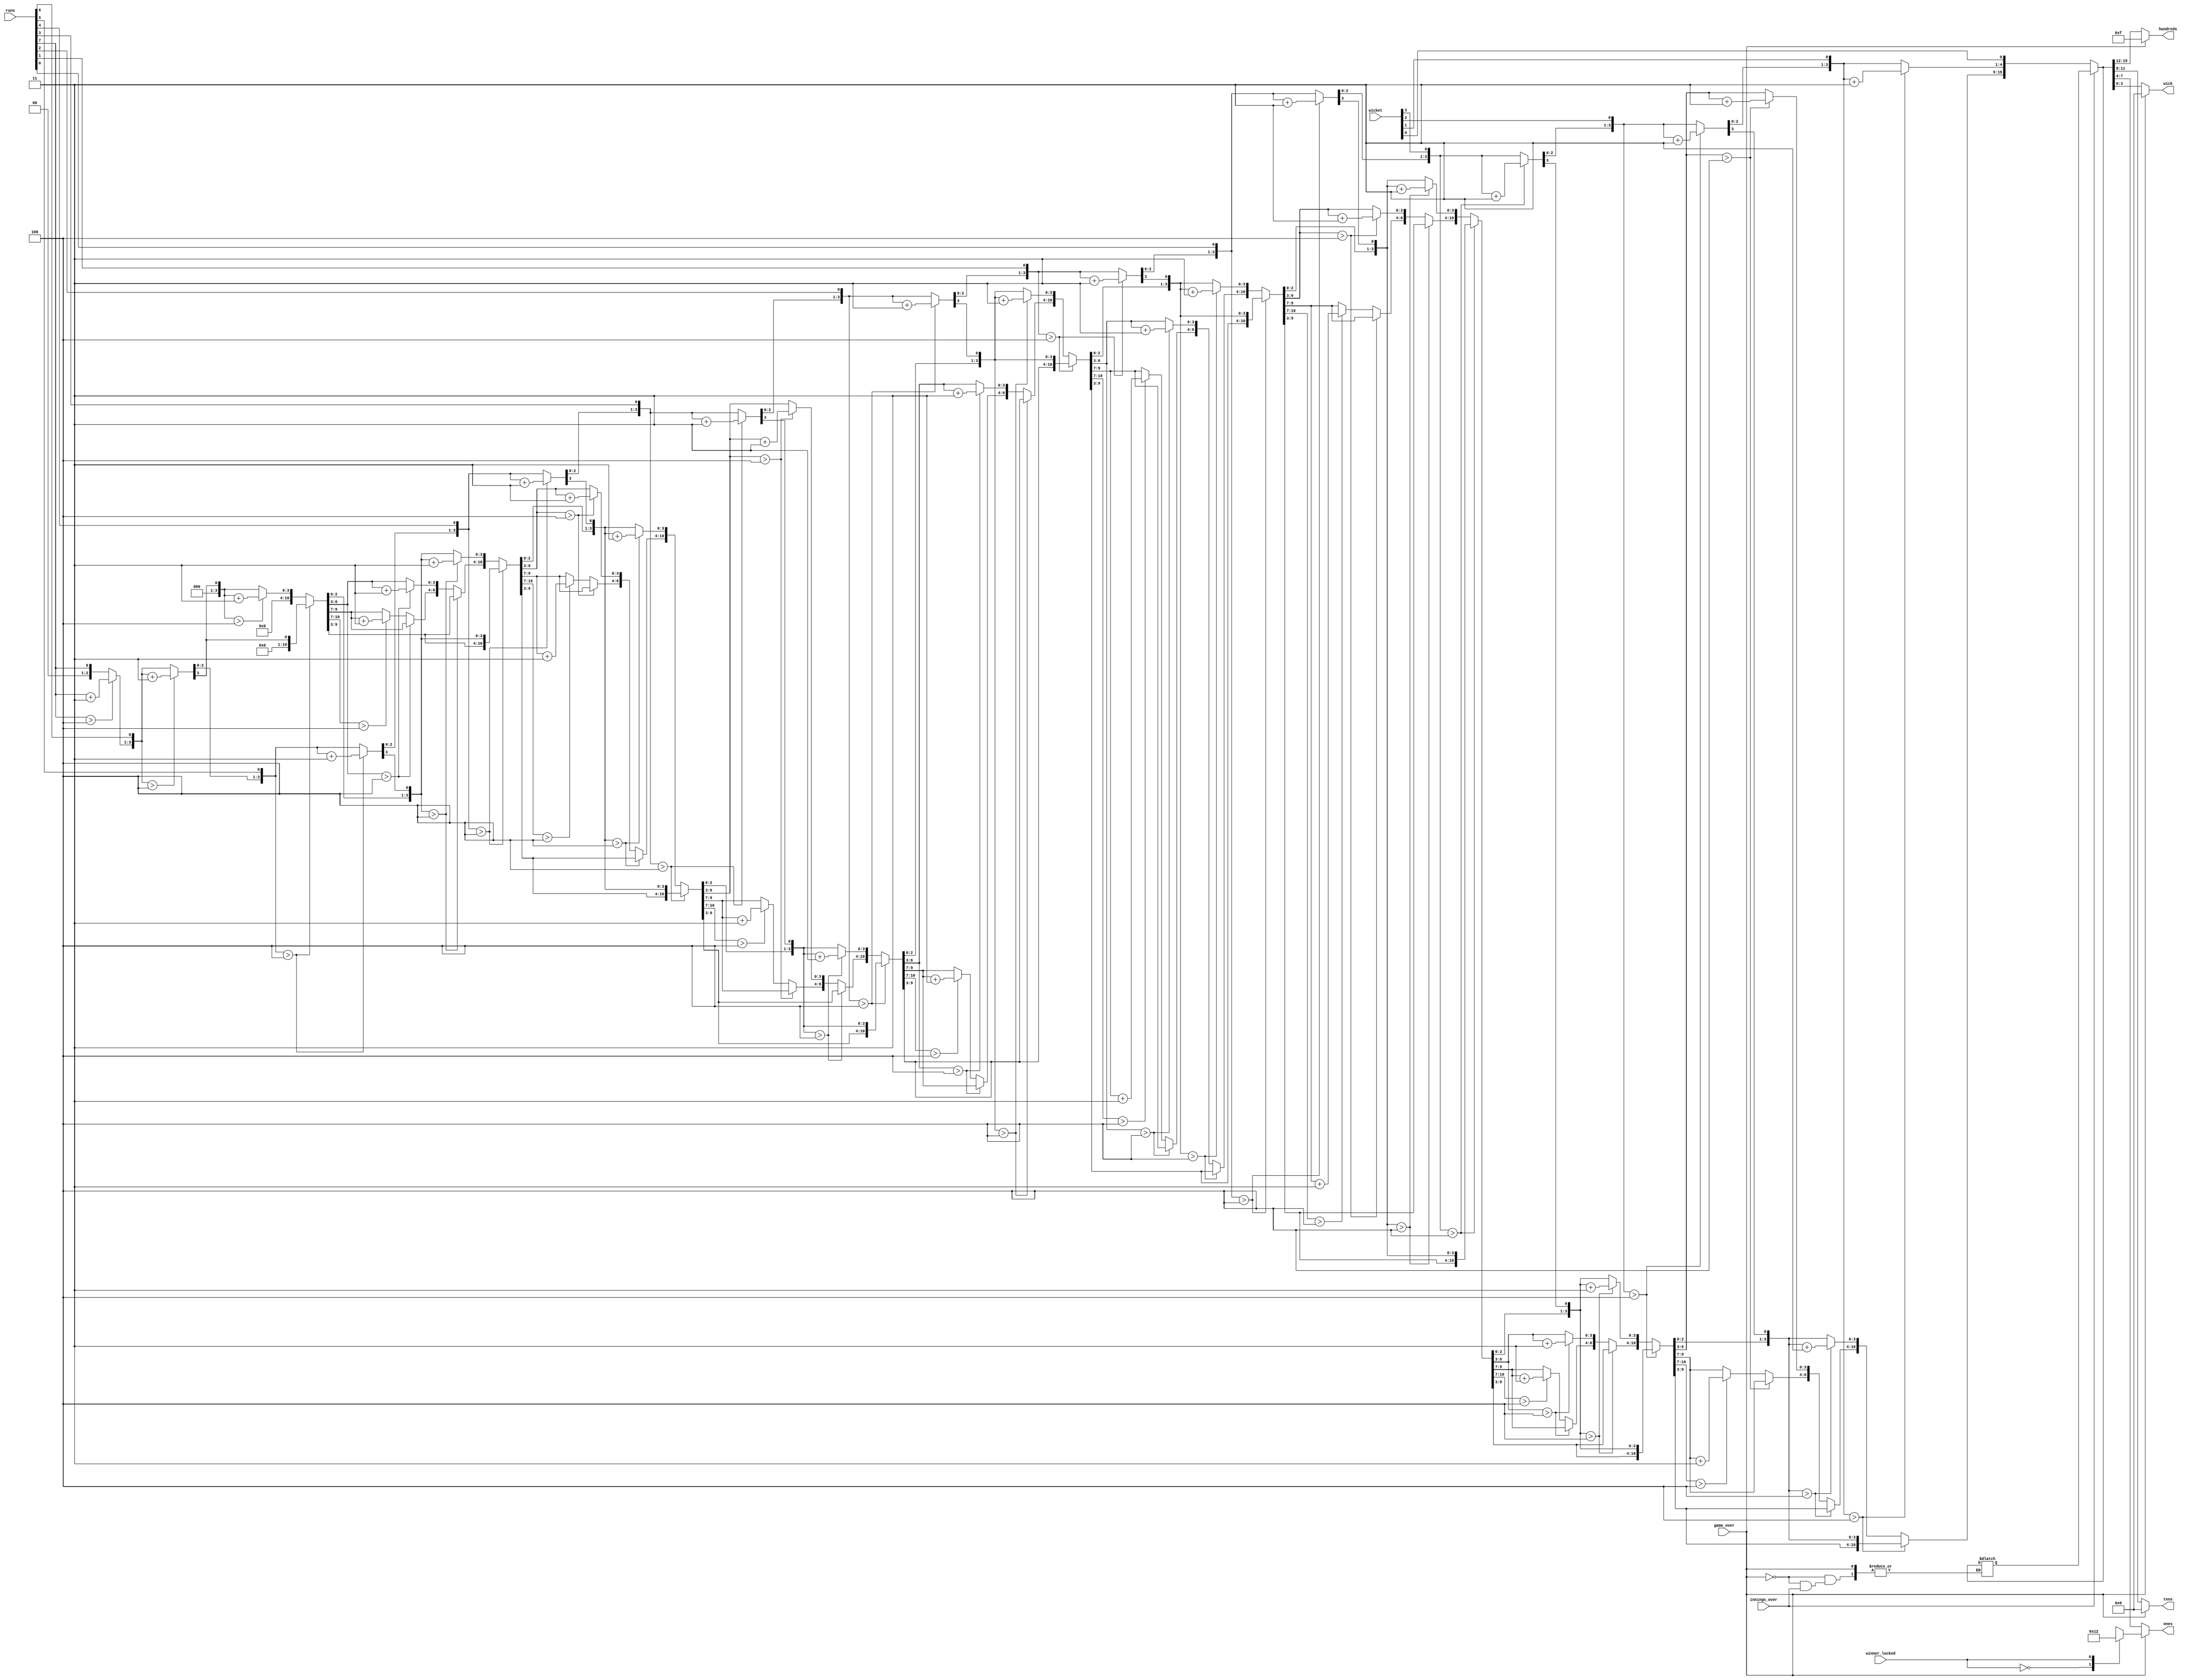
`timescale 1ns / 1ps
//////////////////////////////////////////////////////////////////////////////////
// Company: 
// Engineer: 
// 
// Design Name: 
// Module Name: bin2bcd
// Project Name: 
// Target Devices: 
// Tool Versions: 
// Description: 
// 
// Dependencies: 
// 
// Revision:
// Revision 0.01 - File Created
// Additional Comments:
// 
//////////////////////////////////////////////////////////////////////////////////


module bin2bcd(
    input [7:0] runs,
    input [3:0] wicket,
    input game_over,
    input innings_over,
    input winner_locked,
    output  reg [3:0] ones,
    output  reg [3:0] tens,
    output  reg [3:0] hundreds,
    output  reg [3:0] wick
    );
   wire [11:0] bin;
    assign   bin={runs,wicket};
reg [15:0] bcd;
   reg [3:0] i;
    always @(runs or wicket or game_over or innings_over or winner_locked)
    begin
    if(~game_over) //keep playing 
    begin
    if(innings_over) // if inning over then print 'IO'
    begin
    wick=4'b1100;// represent ' in bcd to 7 seg
    ones=4'b0000;//represent 0 in bcd to 7 seg
    tens=4'b1110;//represent I in bcd to 7 seg
    hundreds=4'b1100;//represent ' in bcd to 7 seg
    end
    else
    begin
   bcd=0;
    for(i=0;i<12;i=i+1)
    begin
    bcd={bcd[14:0],bin[11-i]};
    if(i<11 && bcd[3:0]>4)
    bcd[3:0]=bcd[3:0] +3;
    else if(i<11 && bcd[7:4]>4)
    bcd[7:4]=bcd[7:4] +3;
    else if(i<11 && bcd[11:8]>4)
    bcd[11:8]=bcd[11:8] +3;
    else if(i<11 && bcd[15:12]>4)
    bcd[15:12]=bcd[15:12] +3;
    end
    end
    wick=bcd[3:0];
    ones=bcd[7:4];
    tens=bcd[11:8];
    hundreds=bcd[15:12];
    end
    else
    begin
    case(winner_locked)
    0: begin //print t010
    wick=4'b0000;
    ones=4'b0001;
    tens=4'b0000;
    hundreds=4'b1111; 
    end
    1: begin //print t020
    wick=4'b0000;
    ones=4'b0010;
    tens=4'b0000;
    hundreds=4'b1111; 
    end
    endcase
    end
    
    end
    
endmodule